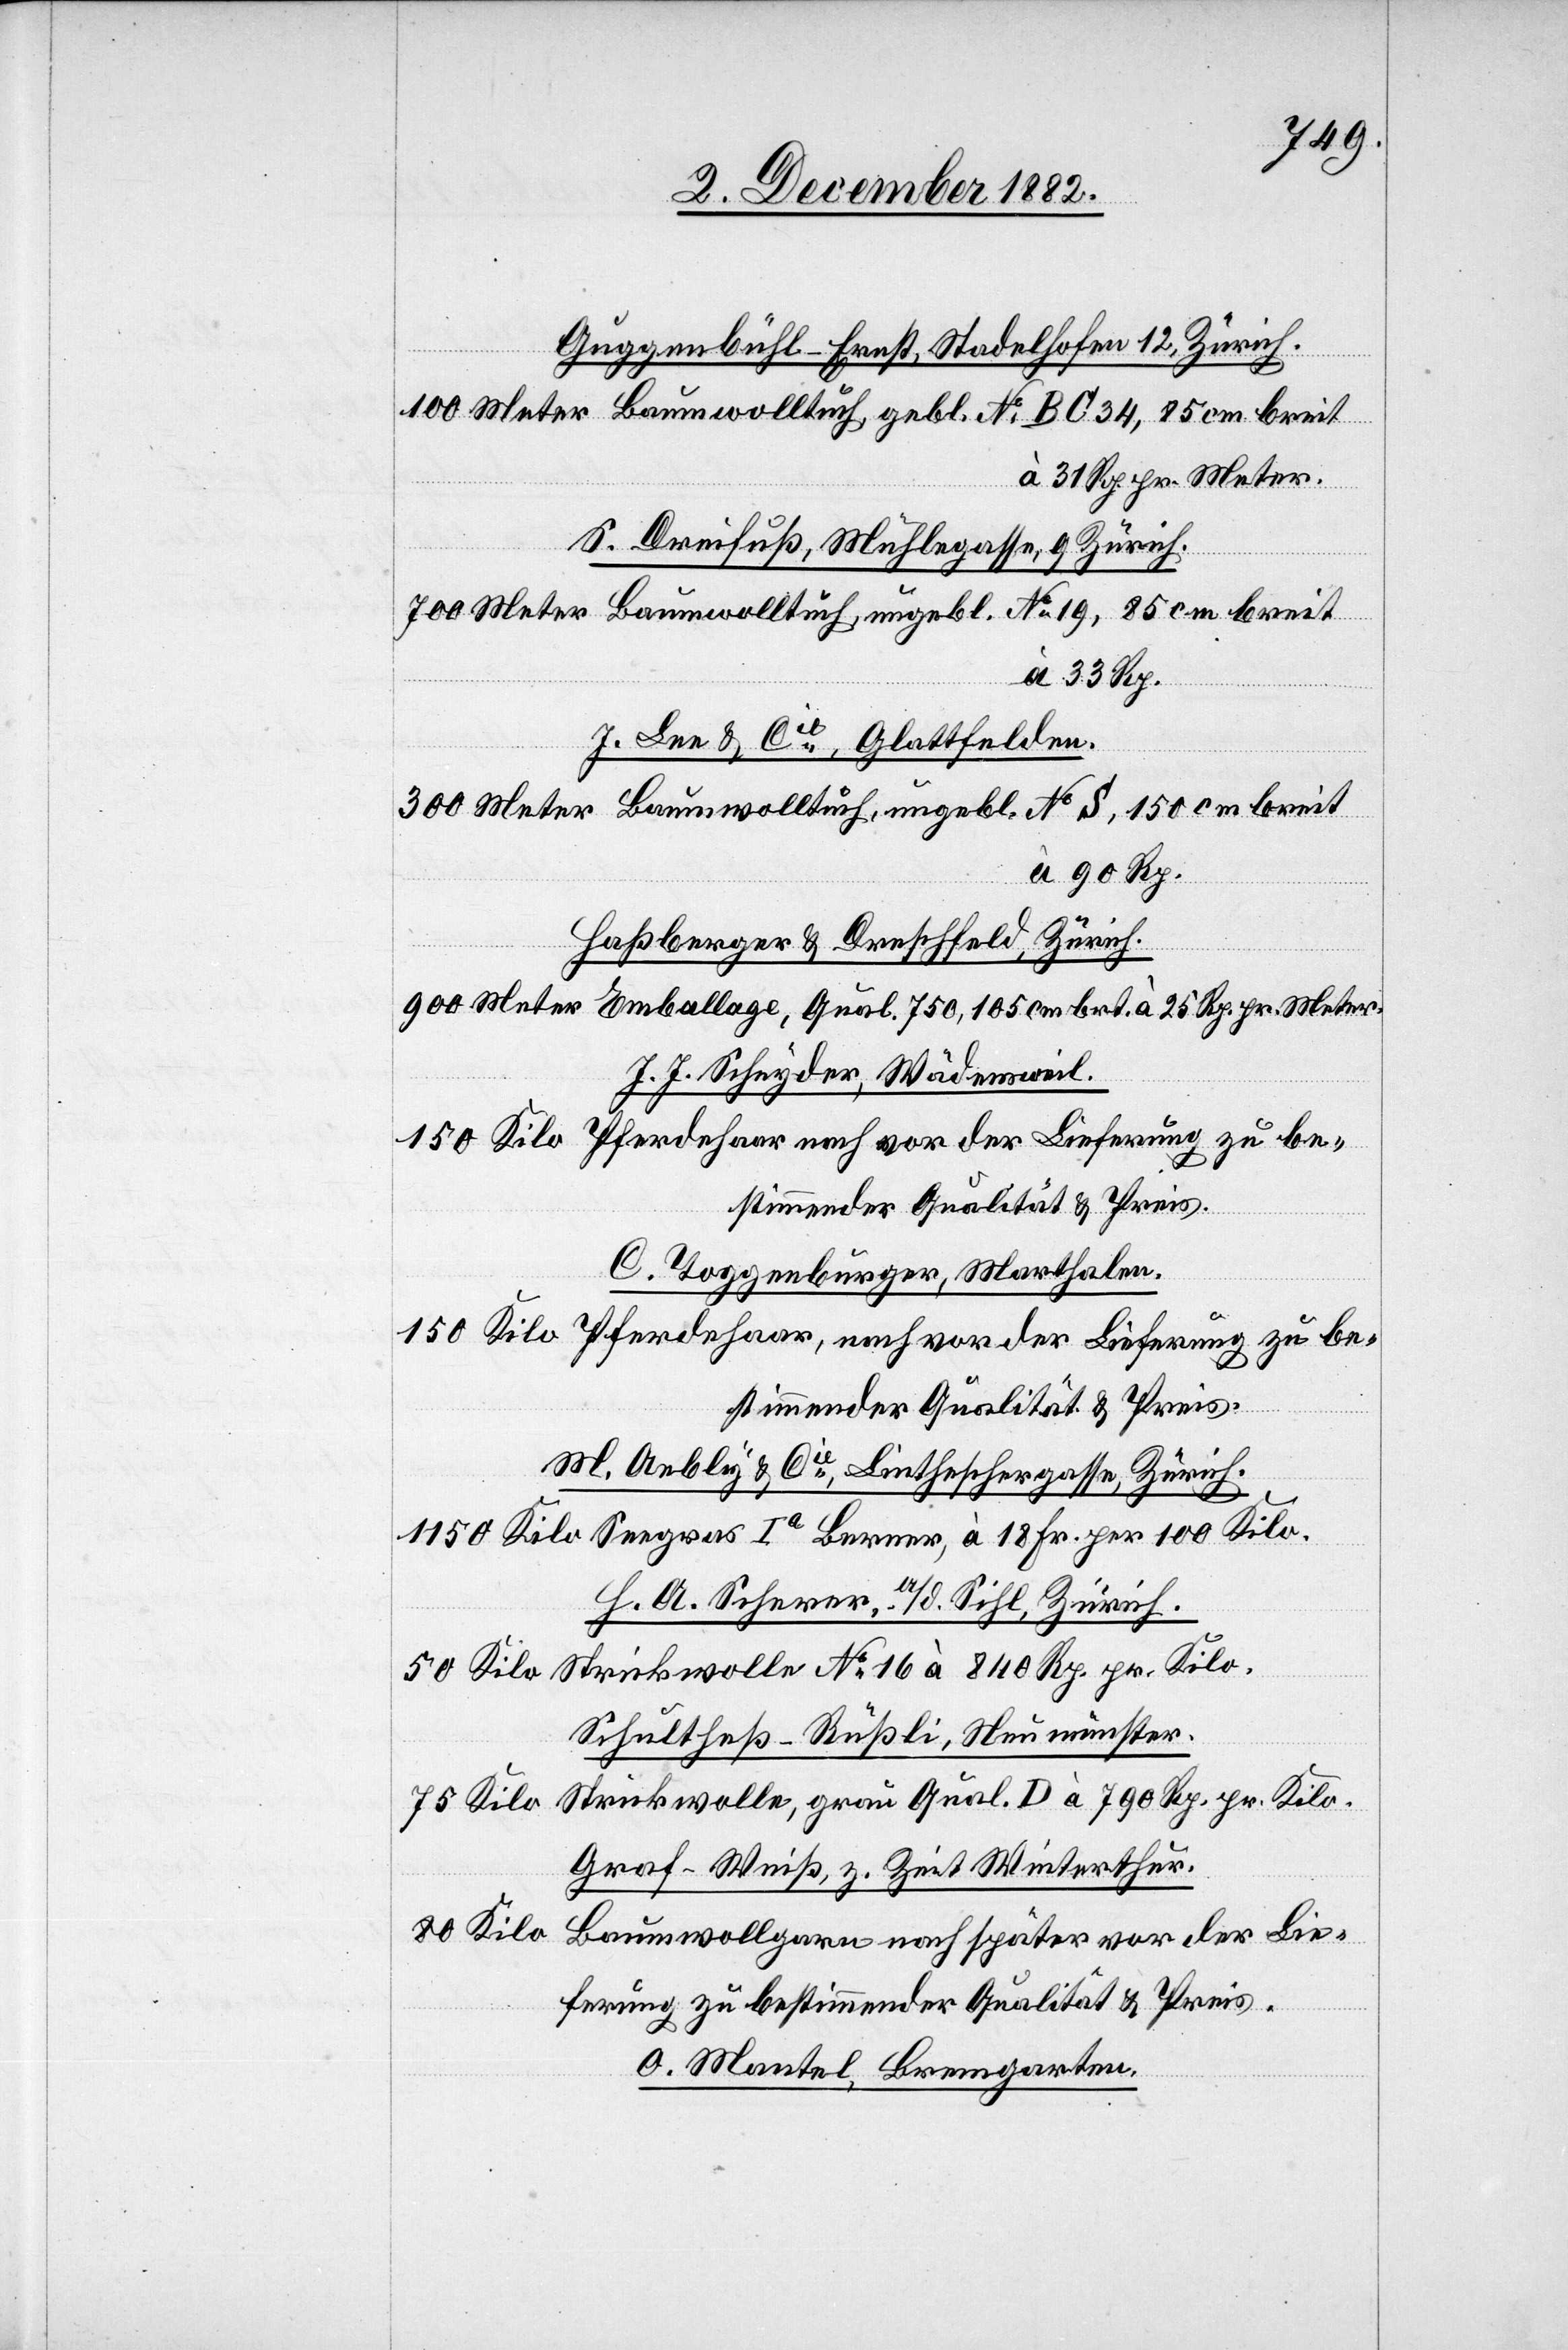
19,
Guggenbühl-Ernst, Stadelhofen 12, Zürich.
pr.
S. Dreifuß, Mühlegasse, 9 Zürich.
J. Lee & Cie, Glattfelden.
Haßberger & Dreschfeld, Zürich.
J. J. Schnyder, Wädensweil.
C. Toggenburger, Marthalen.
M. Aebly & Cie, Lintheschergasse, Zürich.
H. A. Scherer, a/d. Sihl, Zürich.
Schultheß-Rüßli, Neumünster.
Graf-Weiß, z. Zeit in Winterthur.
100 Kilo.
Baumwollgarn nach später vor der Lie¬
ferung zu bestimmender Qualität & Preis.
O. Mantel, Bremgarten.